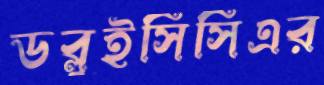
ডব্লুইসিসিএর